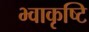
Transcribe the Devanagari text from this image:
भ्वाकृष्टि